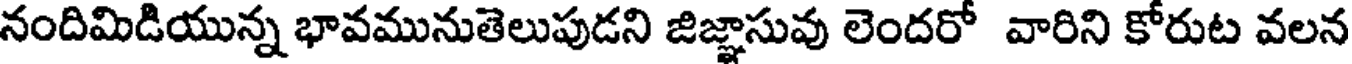
నందిమిడియున్న భావమునుతెలుపుడని జిజ్ఞాసువు లెందరో వారిని కోరుట వలన